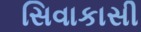
સિવાકાસી